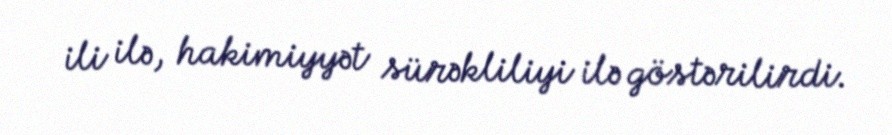
ili ilə, hakimiyyət sürəkliliyi ilə göstərilirdi.